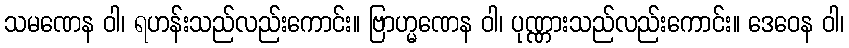
သမဏေန ဝါ၊ ရဟန်းသည်လည်းကောင်း။ ဗြာဟ္မဏေန ဝါ၊ ပုဏ္ဏားသည်လည်းကောင်း။ ဒေဝေန ဝါ၊